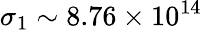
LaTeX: \sigma_{1}\sim 8.76\times 10^{14}